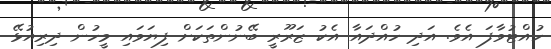
ހުއްޓުވާފަ އެވެ. އަދި ހުއްދައާ އެކު ޒަރޫރީ ބޭނުންތަކަށް ފިޔަވައި މީހުން ދިރިއުޅޭ